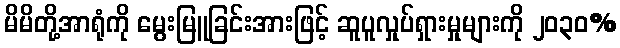
မိမိတို့အာရုံကို မွေးမြူခြင်းအားဖြင့် ဆူပူလှုပ်ရှားမှုများကို ၂၀၃၀%